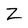
Character: Z